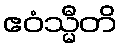
ဧဝံသ္မီတိ